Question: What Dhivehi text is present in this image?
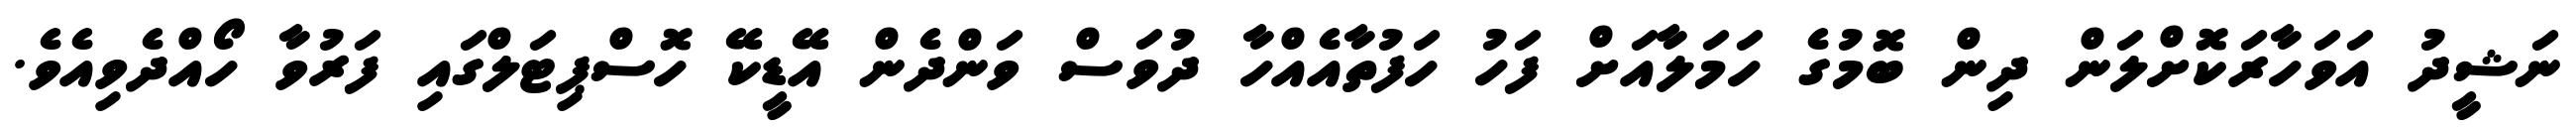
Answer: ނަޝީދު އަވަހާރަކޮށްލަން ދިން ބޮމުގެ ހަމަލާއަށް ފަހު ހަފުތާއެއްހާ ދުވަސް ވަންދެން އޭޑީކޭ ހޮސްޕިޓަލްގައި ފަރުވާ ހޯއްދެވިއެވެ.